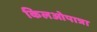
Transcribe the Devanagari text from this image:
किलओपात्रा